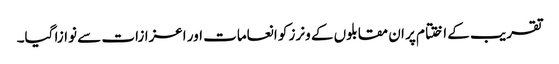
تقریب کے اختتام پر ان مقابلوں کے ونرز کو انعامات اور اعزازات سے نوازا گیا۔